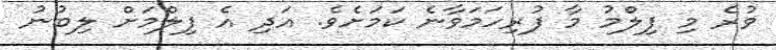
ވުރެ މި ފިލްމު މާ ފުރިހަމަވާނެ ކަމަށެވެ. އަދި އެ ފިލްމަށް ލިބުނު